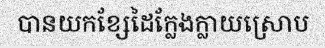
បានយកខ្សែដៃក្លែងក្លាយស្រោប